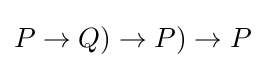
P\rightarrow Q)\rightarrow P)\rightarrow P